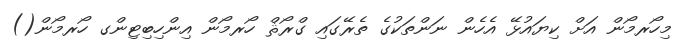
މިހޯރމޯން އަށް ކިޔައުޅޭ އެހެން ނަންތަކުގެ ތެރޭގައި ގްރޯޘް ހޯރމޯން އިންހިބިޓިންގ ހޯރމޯން()